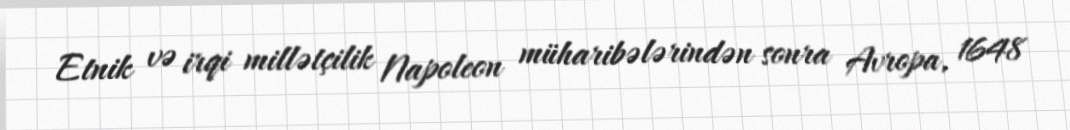
Etnik və irqi millətçilik Napoleon müharibələrindən sonra Avropa, 1648